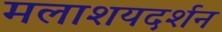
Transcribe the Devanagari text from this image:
मलाशयदर्शन